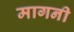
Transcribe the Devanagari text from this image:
मागनी